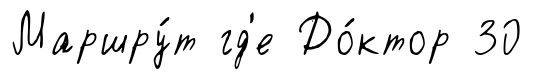
Маршру́т гд'е До́ктор 30